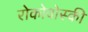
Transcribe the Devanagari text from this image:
रोकोवोस्की